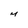
Character: M